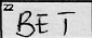
Transcription: BET